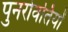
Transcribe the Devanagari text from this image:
पुनर्रावर्तियों